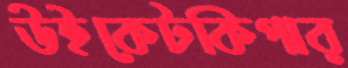
উইকেটকিপার